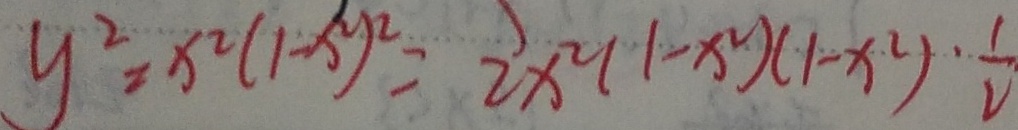
y ^ { 2 } = x ^ { 2 } ( 1 - x ^ { 2 } ) ^ { 2 } = 2 x ^ { 2 } ( 1 - x ^ { 2 } ) ( 1 - x ^ { 2 } ) \cdot \frac { 1 } { 2 }